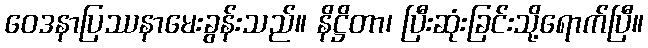
ဝေဒနာပြဿနာမေးခွန်းသည်။ နိဋ္ဌိတာ၊ ပြီးဆုံးခြင်းသို့ရောက်ပြီ။